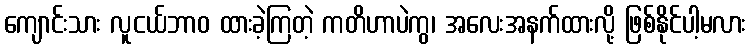
ကျောင်းသား လူငယ်ဘာဝ ထားခဲ့ကြတဲ့ ကတိဟာပဲကွ၊ အလေးအနက်ထားလို့ ဖြစ်နိုင်ပါ့မလား